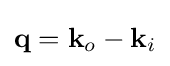
\mathbf {q} =\mathbf {k} _{o}-\mathbf {k} _{i}